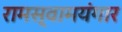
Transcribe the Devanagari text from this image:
रामस्वामयंगार